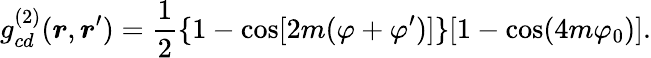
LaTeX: g_{cd}^{(2)}(\boldsymbol{r},\boldsymbol{r}^{\prime})=\frac{1}{2}\{ 1-\cos[2m(\varphi+\varphi^{\prime})]\} [1-\cos(4m\varphi_{0})].